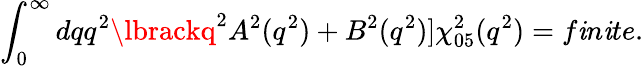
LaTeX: \int_{0}^{\infty}dqq^{2}\lbrackq^{2}A^{2}(q^{2})+B^{2}(q^{2})\rbrack\chi_{05}^{2}(q^{2})=f\mathit{i}n\mathit{i}te.